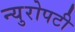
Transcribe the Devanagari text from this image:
न्युरोपटी